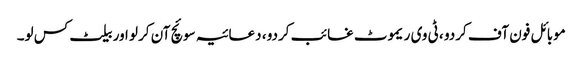
موبائل فون آف کردو ، ٹی وی ریموٹ غائب کردو ، دعائیہ سوئچ آن کرلو اور بیلٹ کس لو۔